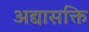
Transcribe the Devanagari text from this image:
अद्यासक्ति